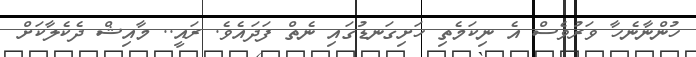
ހުންނާނެހާ ވަރުވެސް އެ ނިކަމެތި ހަށިގަނޑުގައި ނެތް ފަދައެވެ. ރައީ.. މާއިޝް ދެކެލާކަށް